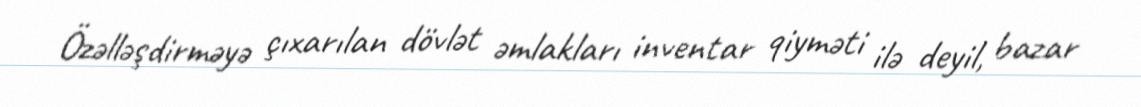
Özəlləşdirməyə çıxarılan dövlət əmlakları inventar qiyməti ilə deyil, bazar